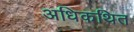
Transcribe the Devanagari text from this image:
अधिकथित